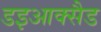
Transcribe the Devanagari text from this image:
डइआक्सैड